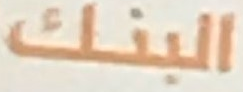
البنك